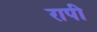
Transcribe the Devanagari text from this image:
रापी